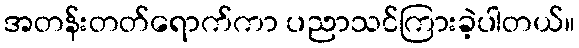
အတန်းတတ်ရောက်ကာ ပညာသင်ကြားခဲ့ပါတယ်။